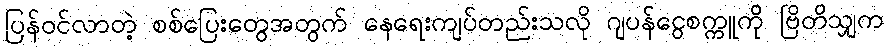
ပြန်ဝင်လာတဲ့ စစ်ပြေးတွေအတွက် နေရေးကျပ်တည်းသလို ဂျပန်ငွေစက္ကူကို ဗြိတိသျှက